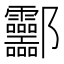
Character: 𰼂